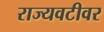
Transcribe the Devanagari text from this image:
राज्यवटीवर